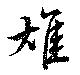
雄